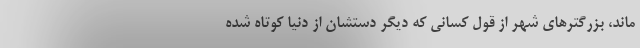
ماند، بزرگترهای شهر از قول کسانی که دیگر دستشان از دنیا کوتاه شده